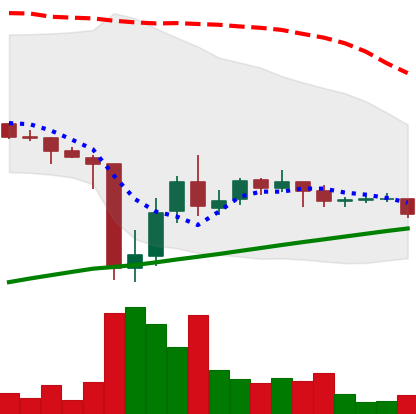
Ticker: DOGE-USD
Chart end date: 2021-07-05
Forward return: -7.639%
Label: down_7plus